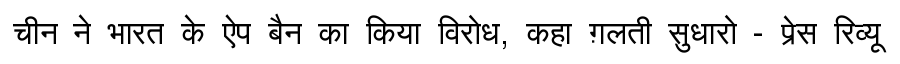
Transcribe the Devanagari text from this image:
चीन ने भारत के ऐप बैन का किया विरोध, कहा ग़लती सुधारो - प्रेस रिव्यू